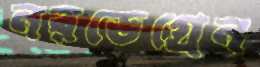
নরডেগ্রেন